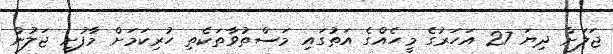
ޖަލަށް ދިޔަ 27 އަހަރުގެ މީހެއްގެ އަތުގައި މަސްތުވާތަކެތި ހުރިކަމަށް މާފުށީ ޖަލުން